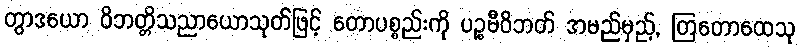
တွာဒယော ဝိဘတ္တိသညာယောသုတ်ဖြင့် တောပစ္စည်းကို ပဉ္စမီဝိဘတ် အမည်မှည့်, တြတောထေသု